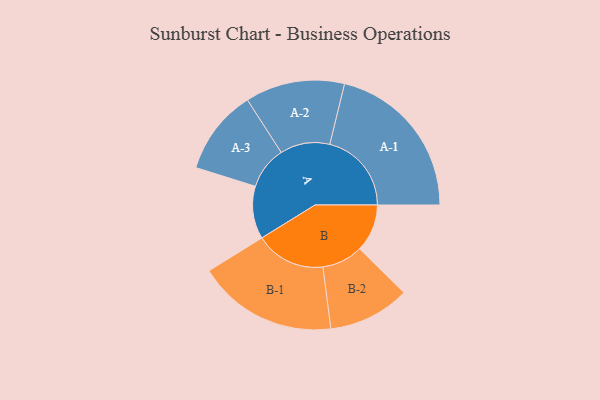
{"axis": {"x": "Segment", "y": "Value"}, "legend": ["", "A", "B"], "data": [{"x": "A", "y": 178, "type": ""}, {"x": "B", "y": 161, "type": ""}, {"x": "A-1", "y": 276, "type": "A"}, {"x": "A-2", "y": 168, "type": "A"}, {"x": "A-3", "y": 144, "type": "A"}, {"x": "B-1", "y": 237, "type": "B"}, {"x": "B-2", "y": 138, "type": "B"}]}